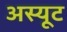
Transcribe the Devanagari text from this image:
अस्यूट